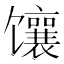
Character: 𫗵